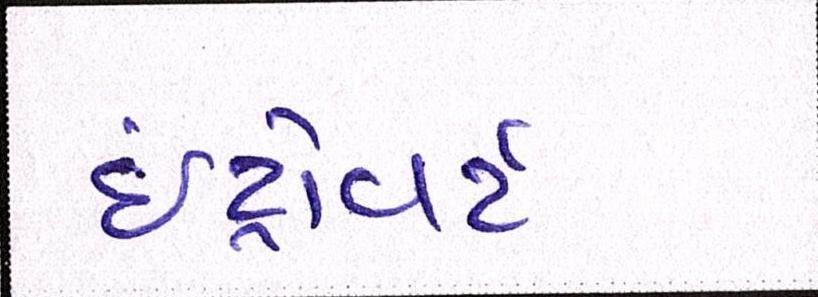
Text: ઇંટ્રોવર્ટ